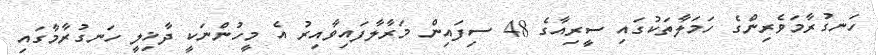
ހަނގުރާމަވެރިންގެ ހަމަލާތަކުގައި ސީރިއާގެ 48 ސިފައިން މަރާލާފައިވާއިރު އެ މީހުންނަކީ ދާޚިލީ ހަނގުރާމާގައި